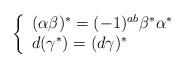
LaTeX: \begin{align*} \left\{ \begin{array}{l} (\alpha\beta)^\ast=(-1)^{ab}\beta^\ast \alpha^\ast\\ d(\gamma^\ast)=(d\gamma)^\ast \end{array} \right. \end{align*}